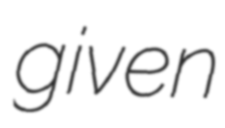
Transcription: given